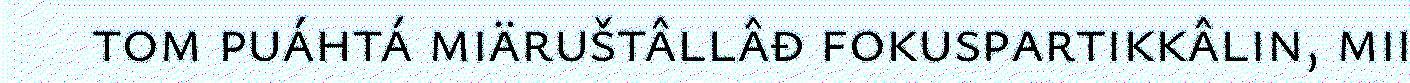
tom puáhtá miäruštâllâđ fokuspartikkâlin, mii